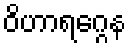
ဝိဟာရဂ္ဂေန